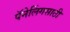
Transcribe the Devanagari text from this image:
पॅनेलिंगसाठी